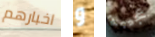
اخبارهم و عجيبة